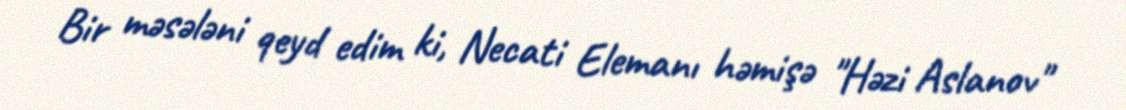
Bir məsələni qeyd edim ki, Necati Elemanı həmişə "Həzi Aslanov"